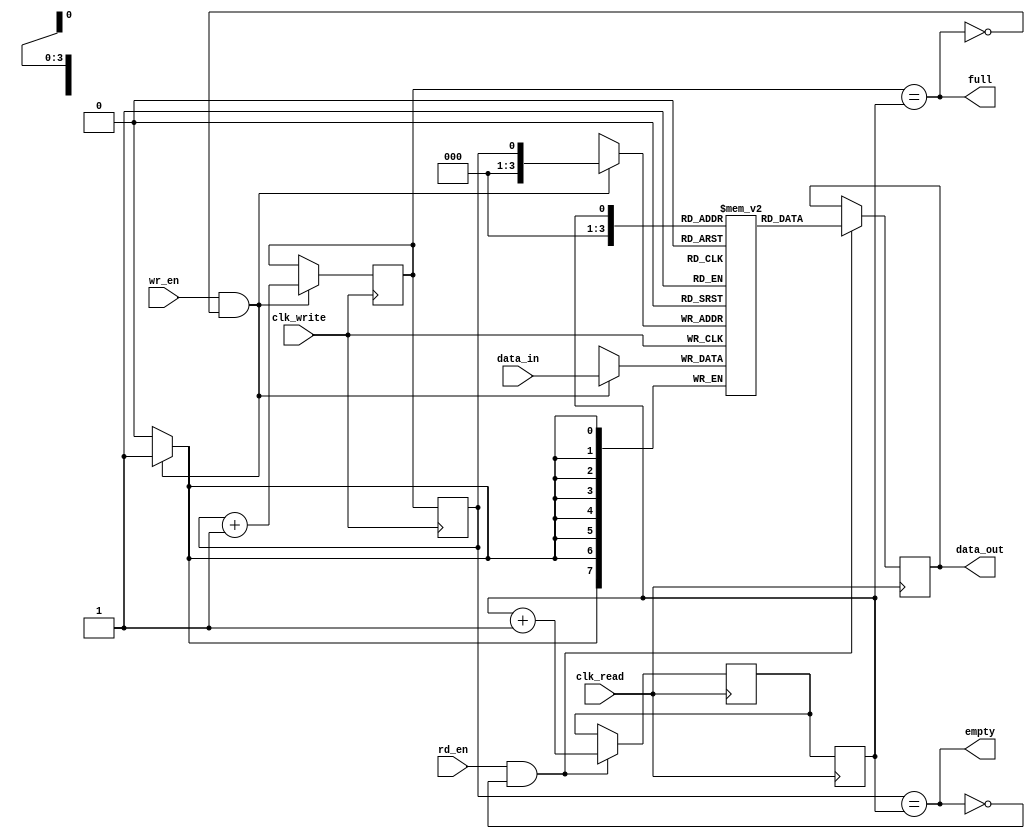
module async_fifo (
    input wire clk_write,
    input wire wr_en,
    input wire [7:0] data_in,
    input wire clk_read,
    input wire rd_en,
    output reg [7:0] data_out,
    output reg full,
    output reg empty
);

parameter DEPTH = 16;

reg [7:0] fifo [0:DEPTH-1];
reg wr_ptr = 0;
reg rd_ptr = 0;
reg next_wr_ptr, next_rd_ptr;

always @(posedge clk_write) begin
    if (wr_en && !full) begin
        fifo[wr_ptr] <= data_in;
        next_wr_ptr <= (wr_ptr == DEPTH-1) ? 0 : wr_ptr + 1;
    end
end

always @(posedge clk_read) begin
    if (rd_en && !empty) begin
        data_out <= fifo[rd_ptr];
        next_rd_ptr <= (rd_ptr == DEPTH-1) ? 0 : rd_ptr + 1;
    end
end

always @* begin
    full = (next_wr_ptr == rd_ptr);
    empty = (wr_ptr == rd_ptr);
end

always @(posedge clk_write) begin
    wr_ptr <= next_wr_ptr;
end

always @(posedge clk_read) begin
    rd_ptr <= next_rd_ptr;
end

endmodule